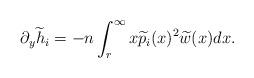
LaTeX: \begin{align*}\partial_y \widetilde{h}_i = -n \int^\infty_{r} x \widetilde{p}_i(x)^2 \widetilde{w}(x) dx.\end{align*}